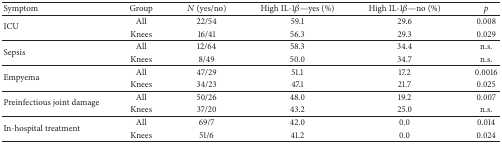
| Symptom | Group | N (yes/no) | High IL-1β—yes (%) | High IL-1β—no (%) | p |
 | --- | --- | --- | --- | --- | --- |
 | <ROWSPAN=2> ICU | All | 22/54 | 59.1 | 29.6 | 0.008 |
 | Knees | 16/41 | 56.3 | 29.3 | 0.029 |
 | <ROWSPAN=2> Sepsis | All | 12/64 | 58.3 | 34.4 | n.s. |
 | Knees | 8/49 | 50.0 | 34.7 | n.s. |
 | <ROWSPAN=2> Empyema | All | 47/29 | 51.1 | 17.2 | 0.0016 |
 | Knees | 34/23 | 47.1 | 21.7 | 0.025 |
 | <ROWSPAN=2> Preinfectious joint damage | All | 50/26 | 48.0 | 19.2 | 0.007 |
 | Knees | 37/20 | 43.2 | 25.0 | n.s. |
 | <ROWSPAN=2> In-hospital treatment | All | 69/7 | 42.0 | 0.0 | 0.014 |
 | Knees | 51/6 | 41.2 | 0.0 | 0.024 |